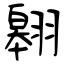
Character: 翱